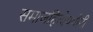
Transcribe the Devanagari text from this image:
समाजहितोपयोगी